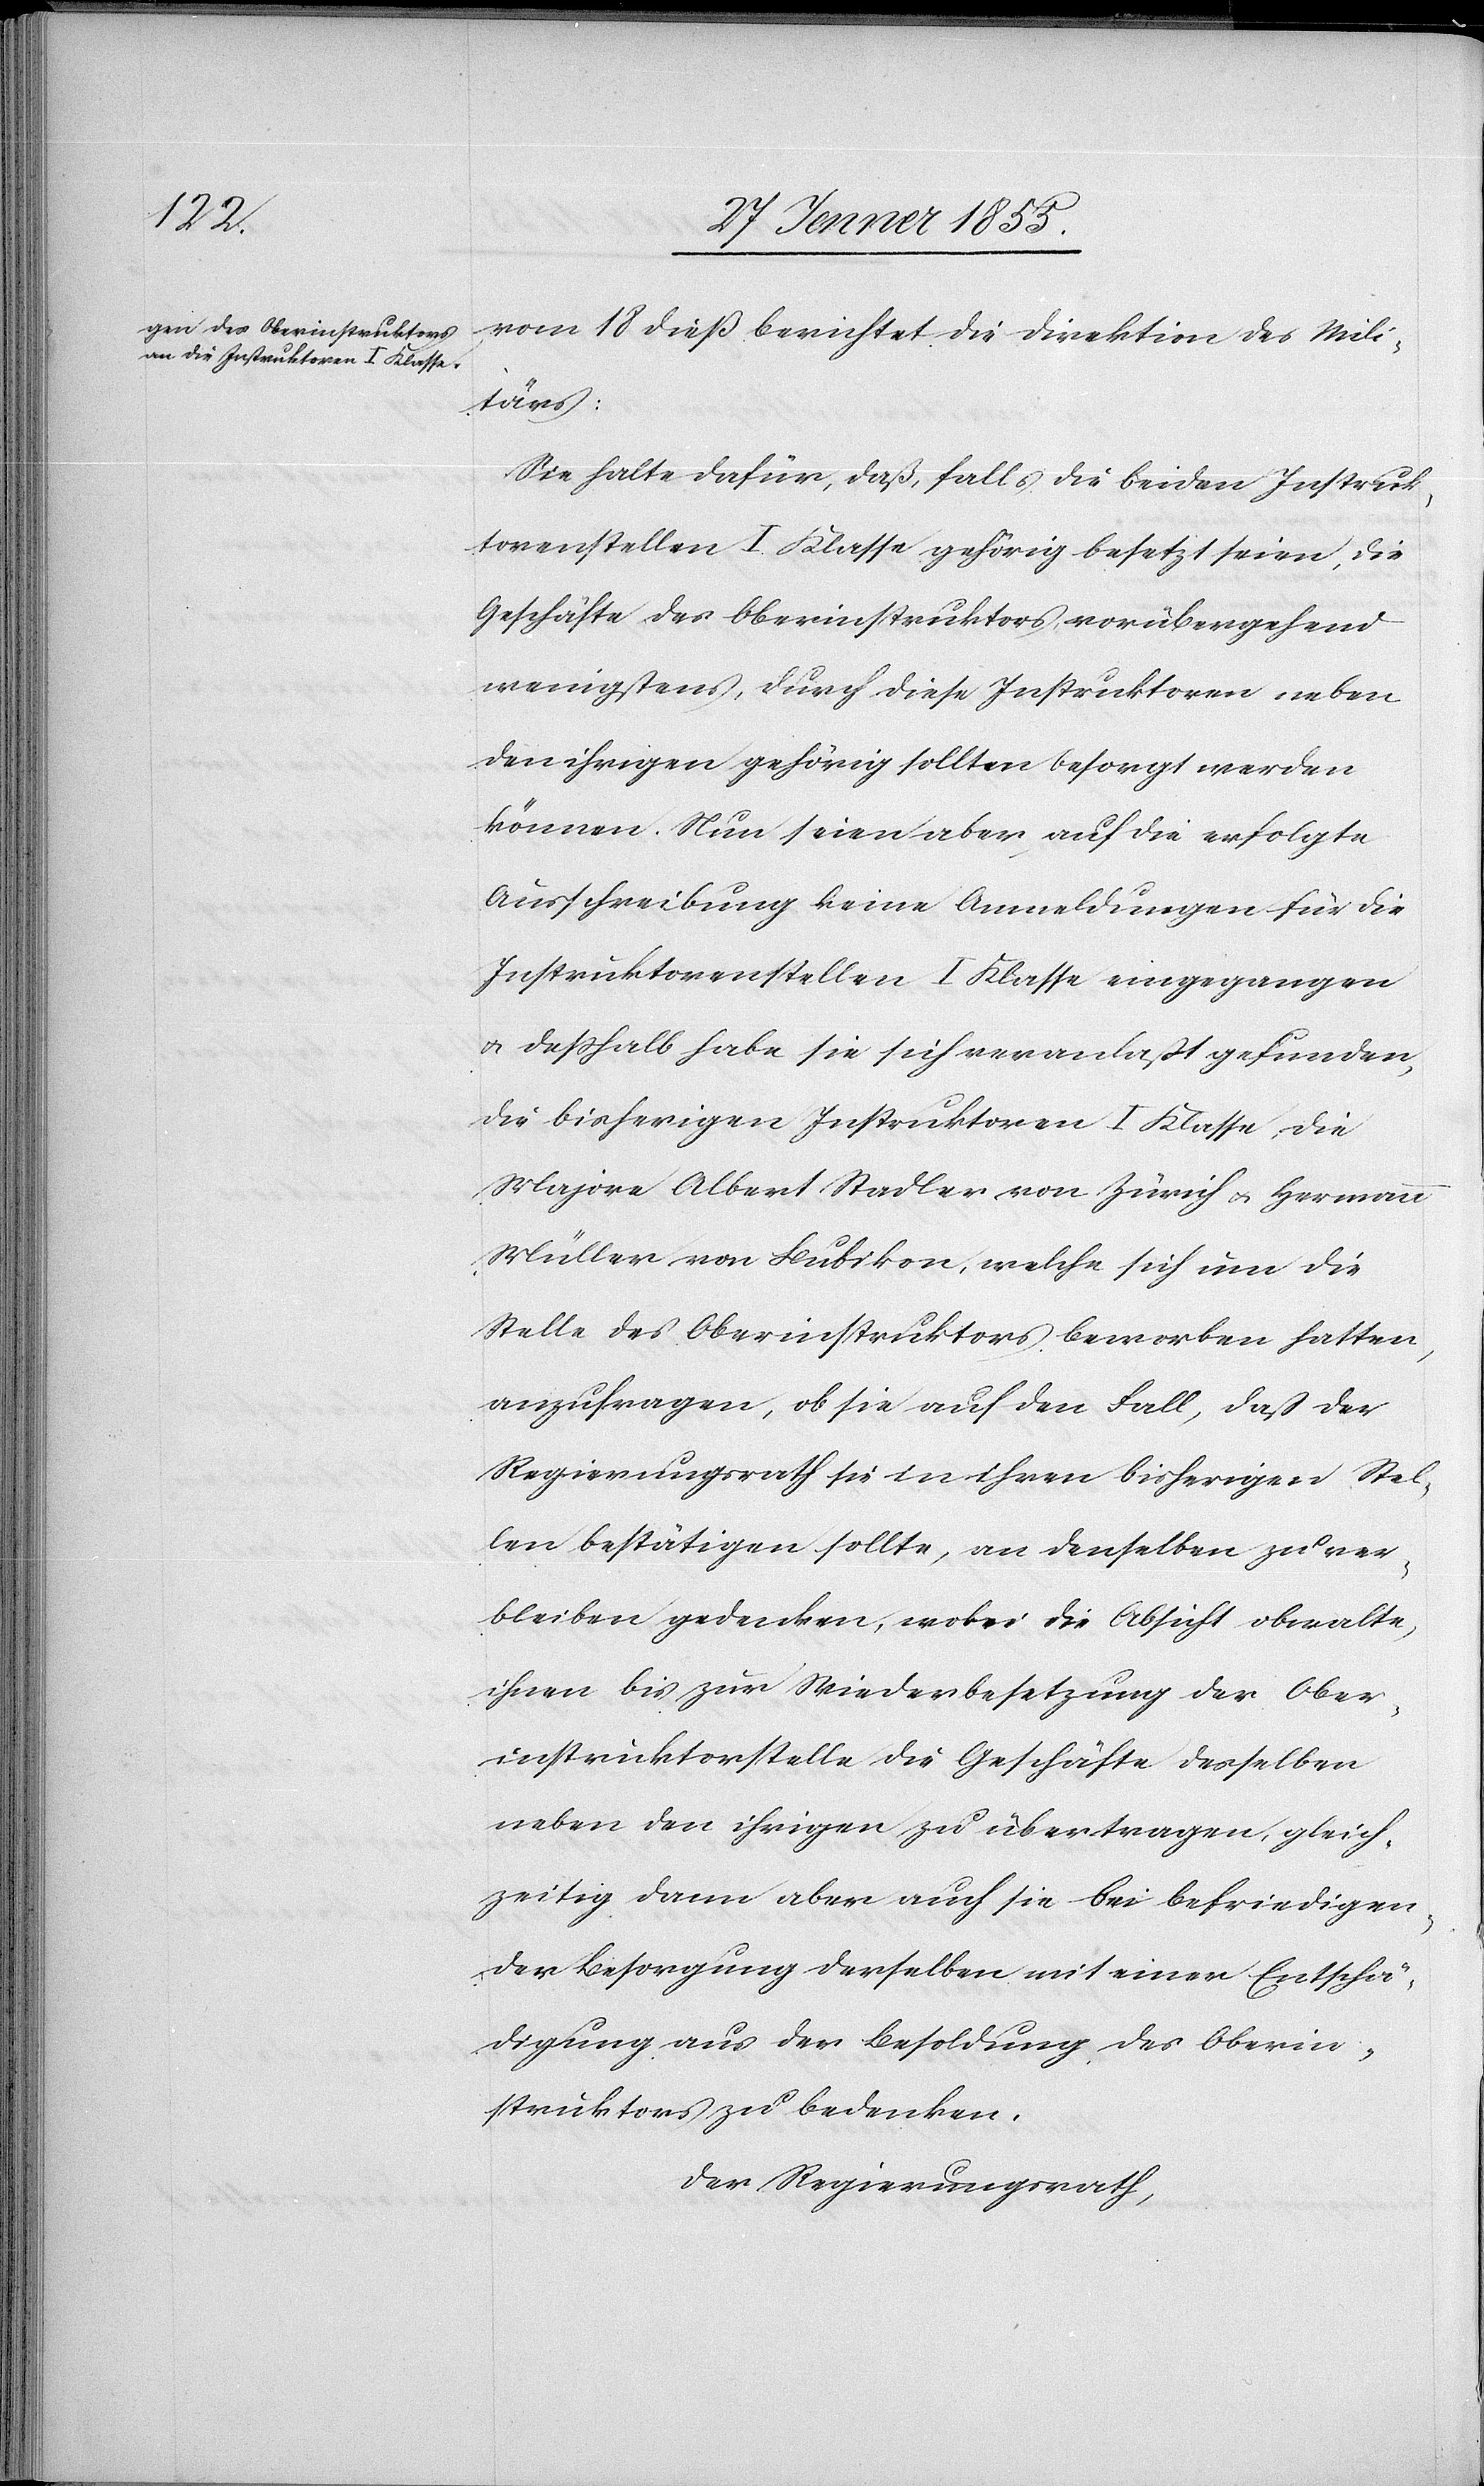
vom 18 dieß berichtet die Direktion des Mili¬
tärs:
Sie halte dafür, daß, falls die beiden Instruk¬
torenstellen I. Klasse gehörig besetzt seien, die
Geschäfte des Oberinstruktors vorübergehend
wenigstens, durch diese Instruktoren neben
den ihrigen gehörig sollten besorgt werden
können. Nun seien aber, auf die erfolgte
Ausschreibung keine Anmeldungen für die
Instruktorenstellen I. Klasse eingegangen
& desshalb habe sie sich veranlasst gefunden,
die bisherigen Instruktoren I. Klasse, die
Majore Albert Stadler von Zürich & Hermann
Müller von Bubikon, welche sich um die
Stelle des Oberinstruktors beworben hatten,
anzufragen, ob sie auf den Fall, dass der
Regierungsrath sie in ihren bisherigen Stel¬
len bestätigen sollte, an denselben zu ver¬
bleiben gedenken, wobei die Absicht obwalte,
ihnen bis zur Wiederbesetzung der Ober¬
instruktorstelle die Geschäfte desselben
neben den ihrigen zu übertragen, gleich¬
zeitig dann aber auch sie bei befriedigen¬
der Besorgung derselben mit einer Entschä¬
digung aus der Besoldung des Oberin¬
struktors zu bedenken.
Der Regierungsrath,